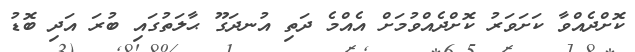
ކޮށްދެއްވާ ކަށަވަރު ކޮށްދެއްވުމަށް އެއްމެ ދަތި އުނދަގޫ ޙާލަތުގައި ބުރަ އަދި ބޮޑު